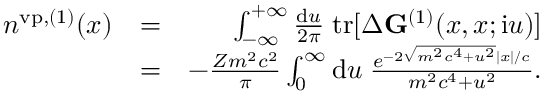
\begin{array} { r l r } { n ^ { \mathrm { v p } , ( 1 ) } ( x ) } & { = } & { \int _ { - \infty } ^ { + \infty } \frac { \ensuremath { \mathrm { d } } u } { 2 \pi } \; \mathrm { t r } [ \Delta \ensuremath { \mathbf { G } } ^ { ( 1 ) } ( x , x ; \ensuremath { \mathrm { i } } u ) ] } \\ & { = } & { - \frac { Z m ^ { 2 } c ^ { 2 } } { \pi } \int _ { 0 } ^ { \infty } \ensuremath { \mathrm { d } } u \; \frac { e ^ { - 2 \sqrt { m ^ { 2 } c ^ { 4 } + u ^ { 2 } } | x | / c } } { m ^ { 2 } c ^ { 4 } + u ^ { 2 } } . } \end{array}